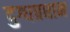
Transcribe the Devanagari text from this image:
दुग्धप्रधान